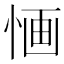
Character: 𢛯